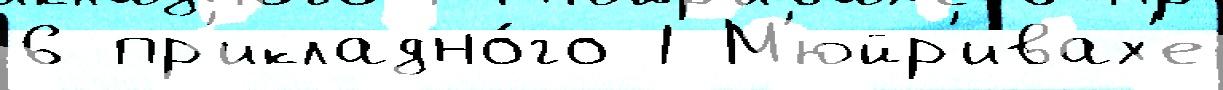
6 пр'икладно́го 1 М'юйр'ивах'е